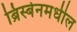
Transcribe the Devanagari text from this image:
ब्रिस्बेनमधील